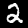
Digit: 2